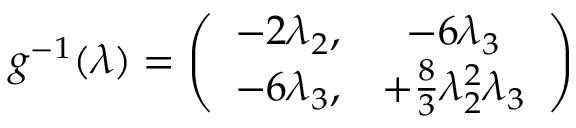
g ^ { - 1 } ( \lambda ) = \left( \begin{array} { c c } { { - 2 \lambda _ { 2 } , } } & { { - 6 \lambda _ { 3 } } } \\ { { - 6 \lambda _ { 3 } , } } & { { + \frac 8 3 \lambda _ { 2 } ^ { 2 } \lambda _ { 3 } } } \end{array} \right)